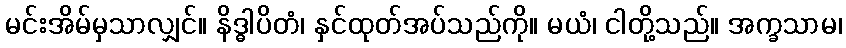
မင်းအိမ်မှသာလျှင်။ နိဒ္ဓါပိတံ၊ နှင်ထုတ်အပ်သည်ကို။ မယံ၊ ငါတို့သည်။ အက္ခသာမ၊